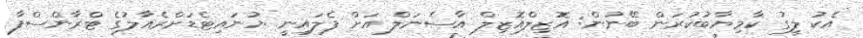
އެކު ލީގު ކާމިޔާބުކުރަން ބޭނުން: އޮޒިލްއޮޒިލް އާސެނަލް އަށް ފެލައިނީ ޔުނައިޓެޑަށްރެއާލުގެ ޓްރާންސްފާ